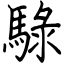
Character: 騄